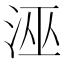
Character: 𭰘